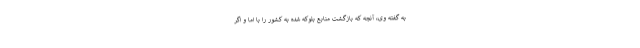
به گفته وی، آنچه که بازگشت منابع بلوکه شده به کشور را با اما و اگر